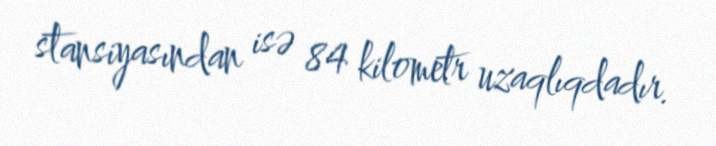
stansiyasından isə 84 kilometr uzaqlıqdadır.